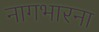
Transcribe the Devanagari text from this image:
नागभारना